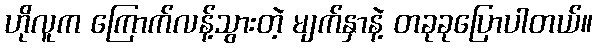
ဟိုလူက ကြောက်လန့်သွားတဲ့ မျက်နှာနဲ့ တခုခုပြောပါတယ်။